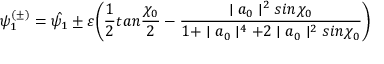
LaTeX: \psi _ { 1 } ^ { ( \pm ) } = \hat { \psi _ { 1 } } \pm \varepsilon \Biggl ( \frac { 1 } { 2 } t a n \frac { \chi _ { 0 } } { 2 } - \frac { \mid a _ { 0 } \mid ^ { 2 } s i n \chi _ { 0 } } { 1 + \mid a _ { 0 } \mid ^ { 4 } + 2 \mid a _ { 0 } \mid ^ { 2 } s i n \chi _ { 0 } } \Biggr )